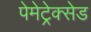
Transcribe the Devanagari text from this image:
पेमेट्रेक्सेड